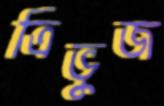
ত্রিভুজ